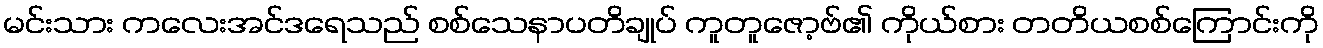
မင်းသား ကလေးအင်ဒရေသည် စစ်သေနာပတိချုပ် ကူတူဇော့ဗ်၏ ကိုယ်စား တတိယစစ်ကြောင်းကို